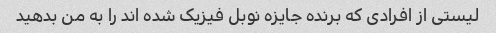
لیستی از افرادی که برنده جایزه نوبل فیزیک شده اند را به من بدهید